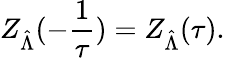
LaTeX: Z_{\hat{\Lambda}}(-\frac 1\tau)=Z_{\hat{\Lambda}}(\tau).